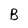
Character: B